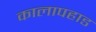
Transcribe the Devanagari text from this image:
कालापहाड